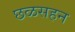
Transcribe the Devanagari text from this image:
छळसहन